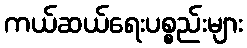
ကယ်ဆယ်ရေးပစ္စည်းများ